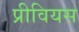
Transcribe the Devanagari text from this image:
प्रीवियस